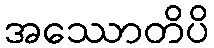
အဿောတိပိ